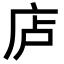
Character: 𪪏